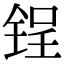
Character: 锃